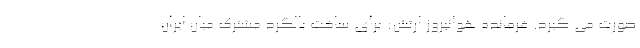
صورت می گیرد. فرمانده هوانیروز ارتش: برای ساخت بالگرد مشترک میان ایران